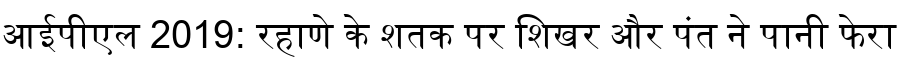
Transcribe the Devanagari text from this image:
आईपीएल 2019: रहाणे के शतक पर शिखर और पंत ने पानी फेरा